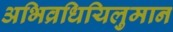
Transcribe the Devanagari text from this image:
अभिव्रधियिलुमान